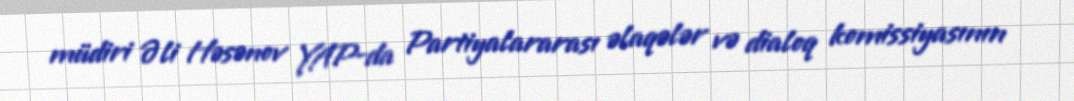
müdiri Əli Həsənov YAP-da Partiyalararası əlaqələr və dialoq komissiyasının